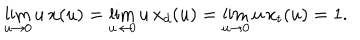
\lim _ { u \to 0 } u \, x ( u ) = \lim _ { u \to 0 } u \, x _ { d } ( u ) = \lim _ { u \to 0 } u \, x _ { t } ( u ) = 1 .